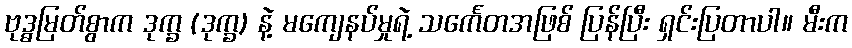
ဗုဒ္ဓမြတ်စွာက ဒုက္ခ (ဒုက္ခ) နဲ့ မကျေနပ်မှုရဲ့ သင်္ကေတအဖြစ် ပြန်ပြီး ရှင်းပြတာပါ။ မီးက